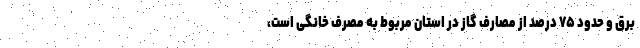
برق و حدود ۷۵ درصد از مصارف گاز در استان مربوط به مصرف خانگی است،